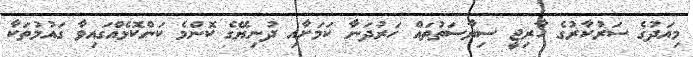
މިއަދުގެ ސަރުކާރުގެ ހާރިޖީ ސިޔާސަތުތައް ހަރުދަނާ ކަމަށާއި ދުނިޔޭގެ ކޮންމެ ކަންކޮޅެއްގައިވާ ގައުމުތަކާ